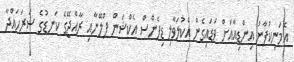
އެމަނިކުފާނު އިންޑިއާއަށް ވަޑައިގެން އެކުލަވާލި ޑިފެންސް އެކްޝަން ޕްލޭނާއި ރާއްޖޭގެ ކަނޑުގެ ސަރަހައްދާ